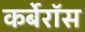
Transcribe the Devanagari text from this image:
कर्बेरॉस